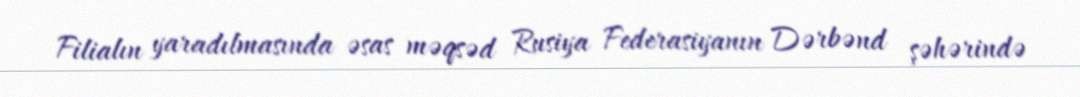
Filialın yaradılmasında əsas məqsəd Rusiya Federasiyanın Dərbənd şəhərində